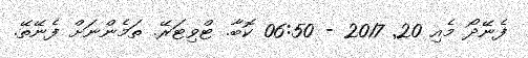
ފެނޭދޯ މެއި 20